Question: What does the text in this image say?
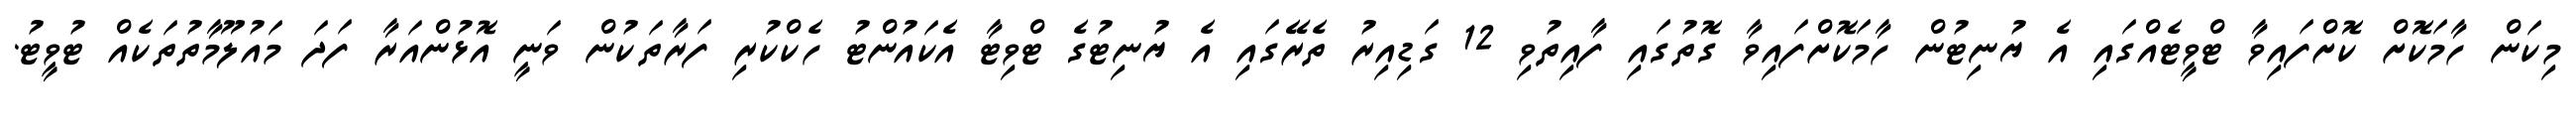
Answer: މިކަން ހާމަކޮށް ކޮށްފައިވާ ޓްވީޓެއްގައި އެ ޔުނިޓުން ހާމަކޮށްފައިވާ ގޮތުގައި ފާއިތުވި 12 ގަޑިއިރު ތެރޭގައި އެ ޔުނިޓުގެ ޓްވިޓާ އެކައުންޓު ހެކްކުރި ފަރާތަކުން ވަނީ އޮޅުންއަރާ ފަދަ މައުލޫމާތުތަކެއް ޓުވީޓު.